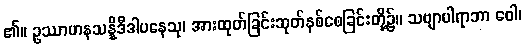
၏။ ဥဿာဟနသန္နိဒီဒါပနေသု၊ အားထုတ်ခြင်းဆုတ်နစ်စေခြင်းတို့၌။ သဗျာပါရာဘာ ဝေါ၊